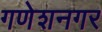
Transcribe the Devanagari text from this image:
गणेशनगर